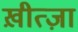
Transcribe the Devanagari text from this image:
ख़ीत्ज़ा